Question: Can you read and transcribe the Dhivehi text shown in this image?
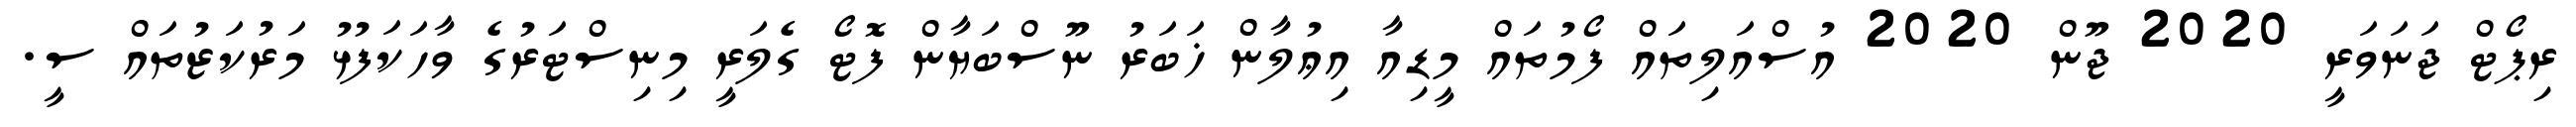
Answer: ރިޕޯޓް ޖަނަވަރީ 2020 ޖޫން 2020 އުސްއަލިތައް ފޯމުތައް މީޑިއާ އިޢުލާން ޚަބަރު ނޫސްބަޔާން ފޮޓޯ ގެލަރީ މިނިސްޓަރުގެ ވާހަކަފުޅު މަރުކަޒުތައް ސީ.